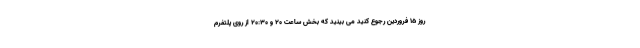
روز 15 فروردین رجوع کنید می بینید که بخش ساعت 20 و 20:30 از روی پلتفرم